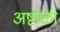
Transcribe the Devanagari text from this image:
अष्टोळी